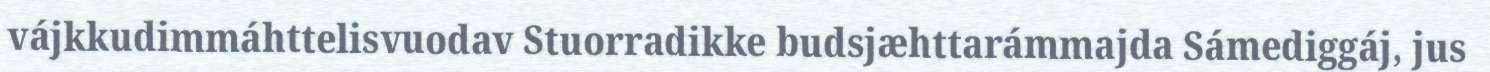
vájkkudimmáhttelisvuodav Stuorradikke budsjæhttarámmajda Sámediggáj, jus